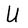
Character: U